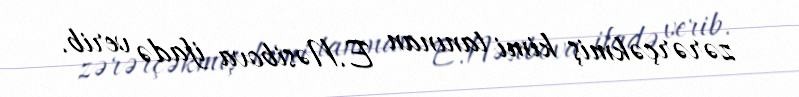
zərərçəkmiş kimi tanınan E.Nəsibova ifadə verib.